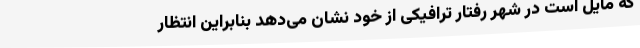
که مایل است در شهر رفتار ترافیکی از خود نشان می‌دهد بنابراین انتظار